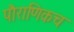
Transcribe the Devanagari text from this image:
पौराणिकच